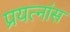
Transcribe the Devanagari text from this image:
प्रयत्नांस